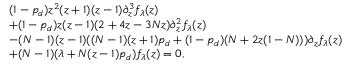
\begin{array} { r l } & { ( 1 - p _ { d } ) z ^ { 2 } ( z + 1 ) ( z - 1 ) \partial _ { z } ^ { 3 } f _ { \lambda } ( z ) } \\ & { + ( 1 - p _ { d } ) z ( z - 1 ) ( 2 + 4 z - 3 N z ) \partial _ { z } ^ { 2 } f _ { \lambda } ( z ) } \\ & { - ( N - 1 ) ( z - 1 ) ( ( N - 1 ) ( z + 1 ) p _ { d } + ( 1 - p _ { d } ) ( N + 2 z ( 1 - N ) ) ) \partial _ { z } f _ { \lambda } ( z ) } \\ & { + ( N - 1 ) ( \lambda + N ( z - 1 ) p _ { d } ) f _ { \lambda } ( z ) = 0 , } \end{array}